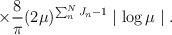
LaTeX: \begin{align*}\times \frac{8}{\pi} (2 \mu ) ^{\sum _{n}^{N}J_{n} -1 } \mid \log \mu \mid . \end{align*}